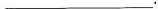
___.